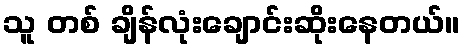
သူ တစ် ချိန်လုံးချောင်းဆိုးနေတယ်။